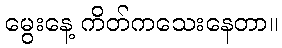
မွေးနေ့ ကိတ်ကသေးနေတာ။